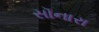
સૉનારા